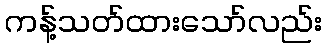
ကန့်သတ်ထားသော်လည်း